Annual administration report of the Civil Veterinary Department of India - 1894-1895
Year: 1894
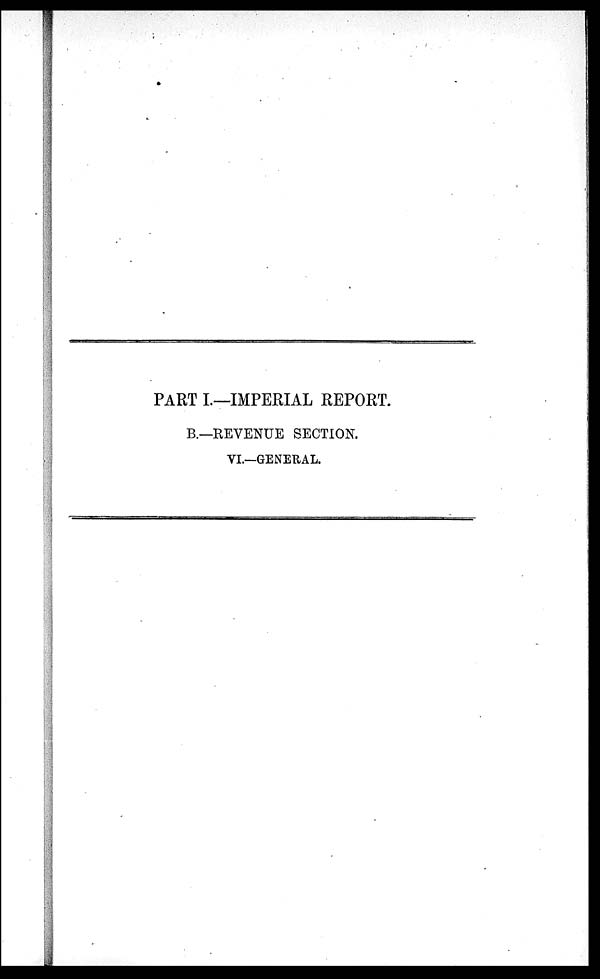
PART I.—IMPERIAL REPORT.
B.—REVENUE SECTION.
VI.—GENERAL.